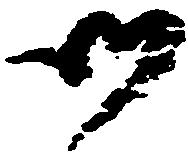
御